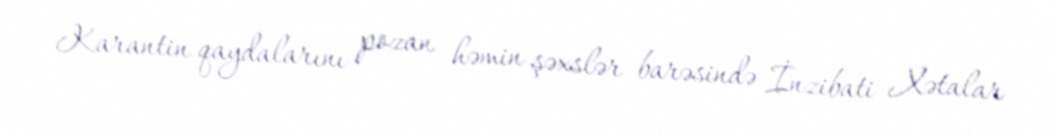
Karantin qaydalarını pozan həmin şəxslər barəsində İnzibati Xətalar